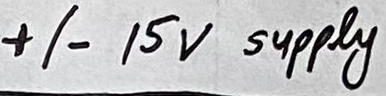
Text: +/- 15V supply